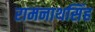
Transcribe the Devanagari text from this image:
रामनाथसिंह